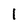
Character: 1